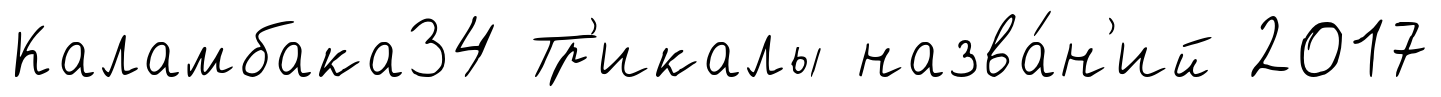
Каламбака34 Тр'икалы назва́н'ий 2017